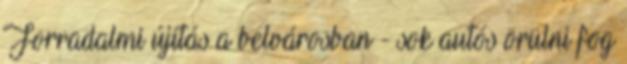
Forradalmi újítás a belvárosban - sok autós örülni fog